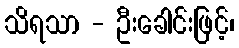
သိရသာ - ဦးခေါင်းဖြင့်၊